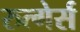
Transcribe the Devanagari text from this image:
रुत्गेर्स